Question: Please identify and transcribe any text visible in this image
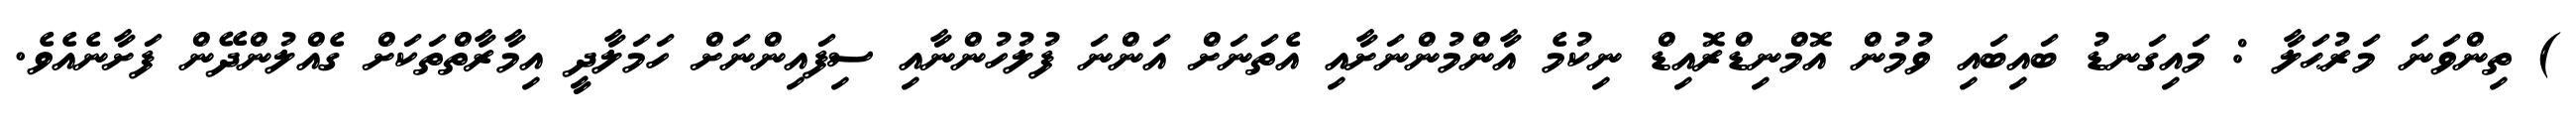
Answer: ) ތިންވަނަ މަރުޙަލާ : މައިގަނޑު ބައިބައި ވުމުން އޮމްނިޑްރޮއިޑް ނިކުމެ އާންމުންނަށާއި އެތަނަށް އަންނަ ފުލުހުންނާއި ސިފައިންނަށް ހަމަލާދީ އިމާރާތްތަކަށް ގެއްލުންދޭން ފަށާނެއެވެ.